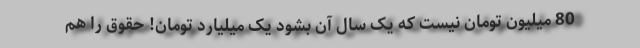
80 میلیون تومان نیست که یک سال آن بشود یک میلیارد تومان! حقوق را هم